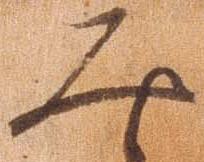
み